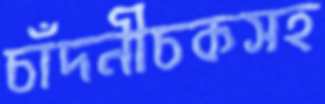
চাঁদনীচকসহ